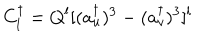
C _ { l } ^ { \dagger } = Q ^ { l } [ ( a _ { u } ^ { \dagger } ) ^ { 3 } - ( a _ { v } ^ { \dagger } ) ^ { 3 } ] ^ { l }